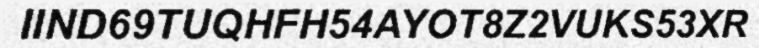
IIND69TUQHFH54AYOT8Z2VUKS53XR